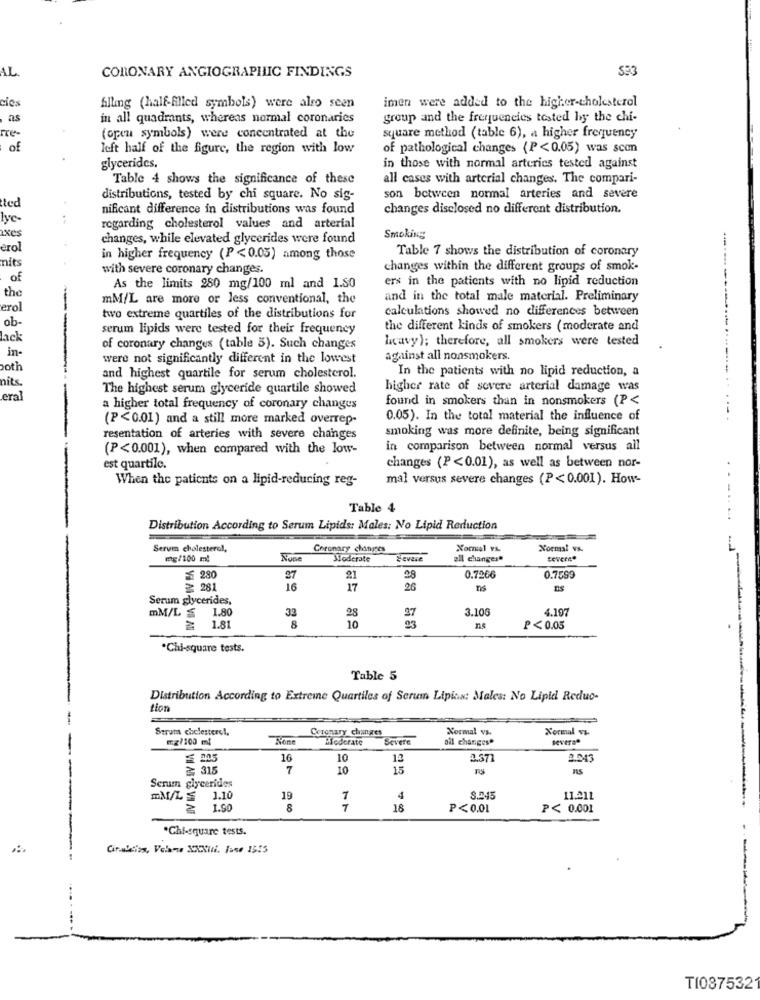
AL
CORONARY ANGIOGRAPHIC FINDINGS
353
cies
filling (half-filled symbols) were also seen
imen were added to the higher-cholesterol
in all quadrants, whereas normal coronaries
group and the frequencies tested by the chi-
Fre-
(open symbols) were concentrated at the
square method (table 6), a higher frequency
of
left half of the figure, the region with low
of pathological changes (P<0.05) was scen
glycerides.
in those with normal arteries tested against
Table 4 shows the significance of these
all cases with arterial changes. The compari-
tted
distributions, tested by chi square. No sig-
son between normal arteries and severe
nificant difference in distributions was found
changes disclosed no different distribution.
lyc-
ixes
regarding cholesterol values and arterial
changes, while elevated glycerides were found
Smoking
erol
Table 7 shows the distribution of coronary
nits
in higher frequency (P <0.05) among those
with severe coronary changes.
changes within the different groups of smok-
of
ers in the patients with no lipid reduction
the
As the limits 280 mg/100 ml and 1.SO
mM/L are more or less conventional, the
and in the total male material. Preliminary
erol
calculations showed no differences between
ob-
two extreme quartiles of the distributions for
serum lipids were tested for their frequency
the different kinds of smokers ( moderate and
lack
licavy); therefore, all smokers were tested
in-
of coronary changes (table 3). Such changes
were not significantly different in the lowest
against all nonsmokers.
both
In the patients with no lipid reduction, a
nits.
and highest quartile for serum cholesterol.
The highest serum glyceride quartile showed
higher rate of severe arterial damage was
era
found in smokers than in nonsmokers (P<
a higher total frequency of coronary changes
(P<0.01) and a still more marked overrep-
0.05). In the total material the influence of
smoking was more definite, being significant
resentation of arteries with severe changes
(P<0.001), when compared with the low-
in comparison between normal versus all
est quartile.
changes (P<0.01), as well as between nor-
When the patients on a lipid-reducing reg-
mal versus severe changes (P< 0.001). How-
Table 4
Distribution According to Serum Lipids: Males: No Lipid Reduction
.........
Serum cholesterol,
Checnary changes
Xornal PA
Normal vs.
mg/100 ml
Moderate
Severe
all changes"
≤ 280
27
21
28
0.7266
0.7599
≥ 281
16
17
26
T6
Serum glycerides,
mM/L ≤ 1.80
32
28
4.197
8
10
37
3.106
≥ 1.81
93
P<0.05
.
.Chi-square tests.
Table 5
Distribution According to Extreme Quartiles of Serum Lipias: Males: No Lipid Reduc-
tion
Serum cholesterc !.
Coronary changes
Normal vs.
Normal vs.
mg/100 ml
Moderate
Severe
all changes"
Severa"
16
10
12
3.37
2.043
≥ 315
7
10
15
RS
Serum glycerides
mM/L≤ 1.10
19
7
4
8.045
11.211
≥ 1.90
8
16
P<0.01
P< 0.001
*Chi-square tests.
----.
Ginalisa, Velame XXXVii, Jase 1555
T10875321